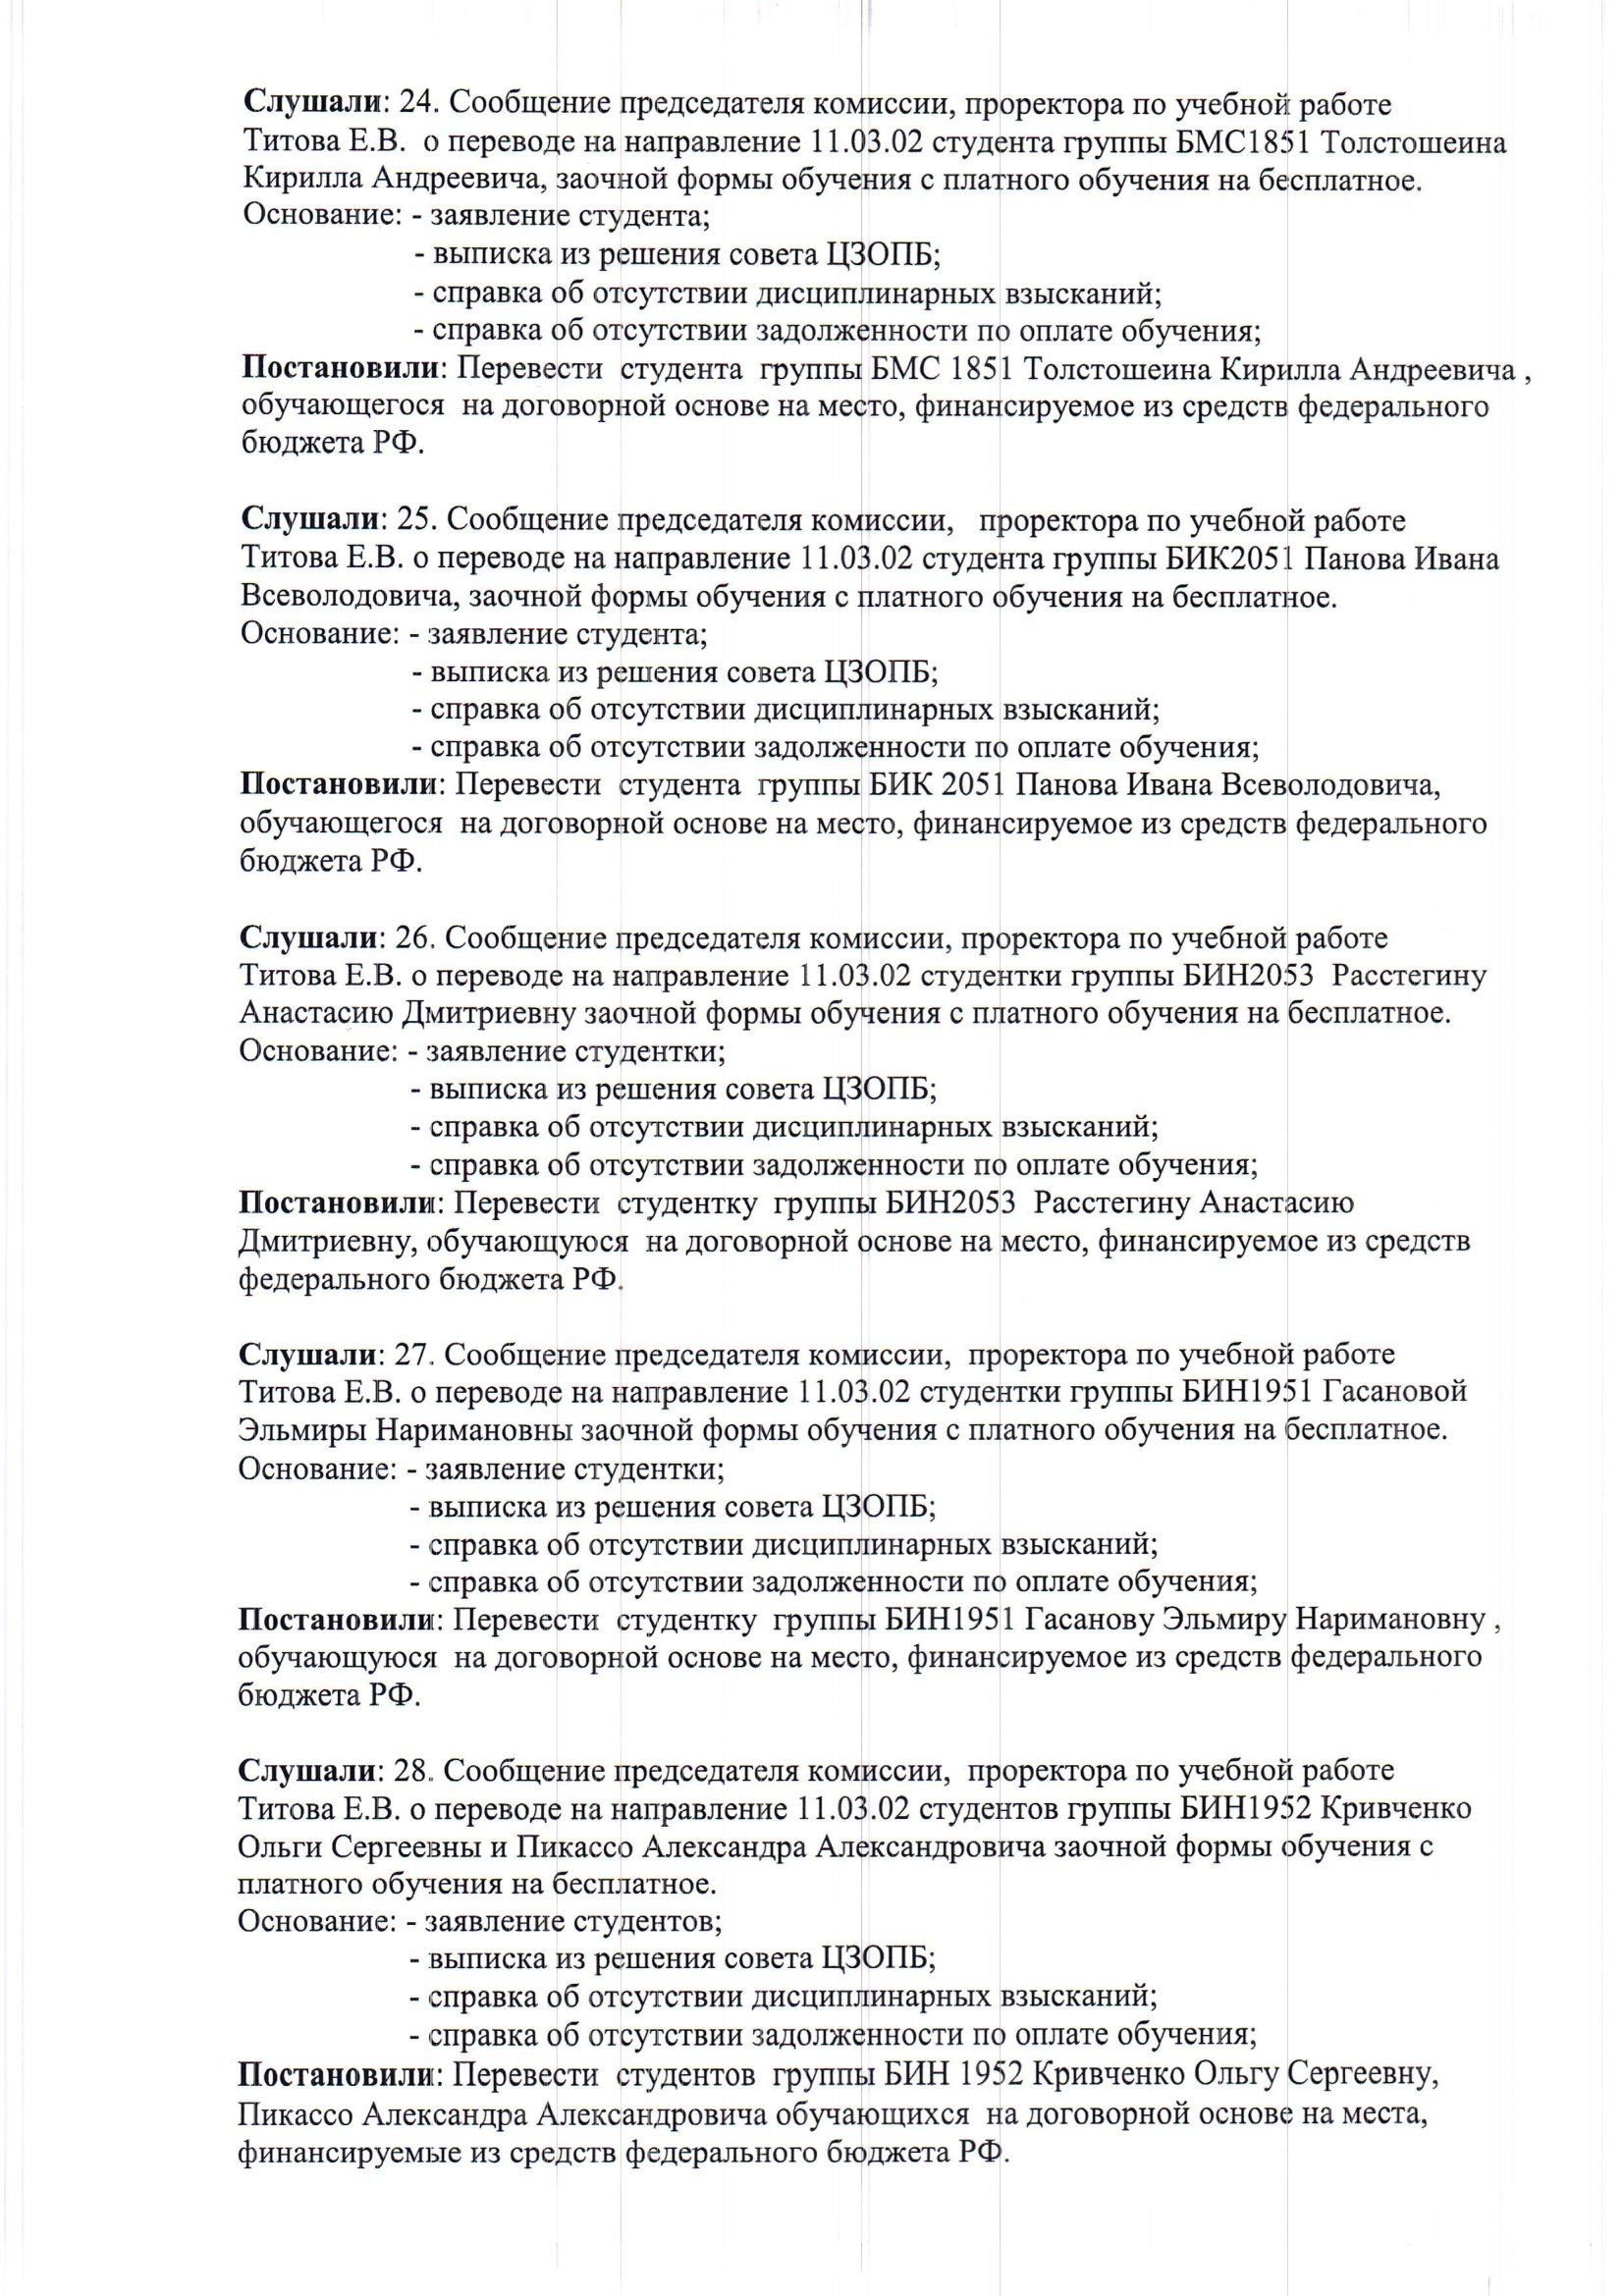
Language: ru